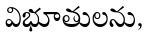
విభూతులను,